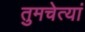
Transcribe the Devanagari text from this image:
तुमचेत्यां